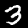
Digit: 3